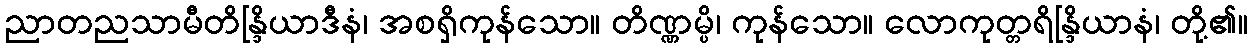
ညာတညသာမီတိန္ဒြိယာဒီနံ၊ အစရှိကုန်သော။ တိဏ္ဏမ္ပိ၊ ကုန်သော။ လောကုတ္တရိန္ဒြိယာနံ၊ တို့၏။